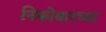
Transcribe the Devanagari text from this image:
निकोबारच्या